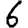
Digit: 6